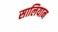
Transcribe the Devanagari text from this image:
सालियान